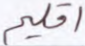
اقليم